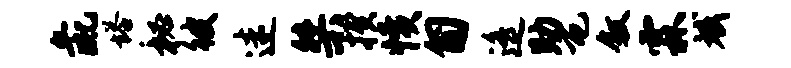
彘塔秘彼迷桀揆愤匍遥助屯叙霖斌